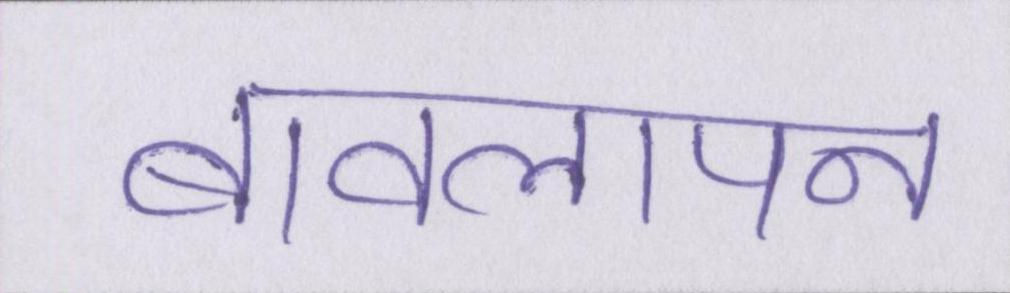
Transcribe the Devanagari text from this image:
बावलापन